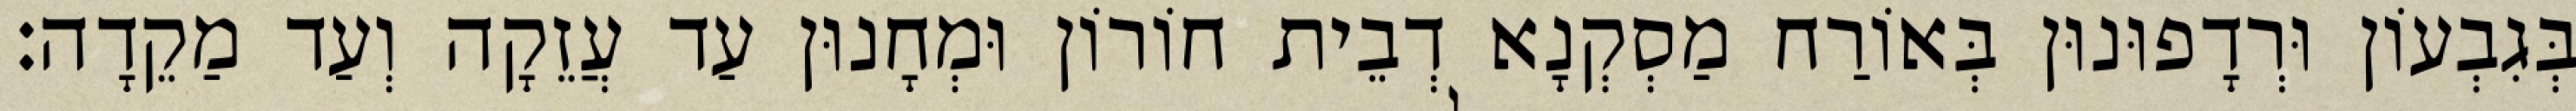
בְּגִבְעוֹן וּרְדָפוּנוּן בְּאוֹרַח מַסְקְנָא דְבֵית חוֹרוֹן וּמְחָנוּן עַד עֲזֵקָה וְעַד מַקֵדָה׃